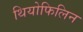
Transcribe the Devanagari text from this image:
थियोफिलिन